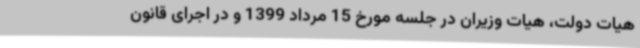
هیات دولت، هیات وزیران در جلسه مورخ 15 مرداد 1399 و در اجرای قانون